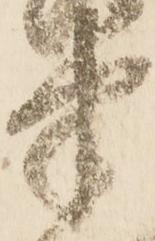
半